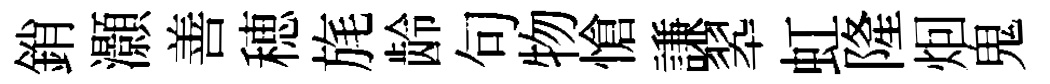
銷灝善穂旄龄句物愴謙翆虹隆𤇆鬼